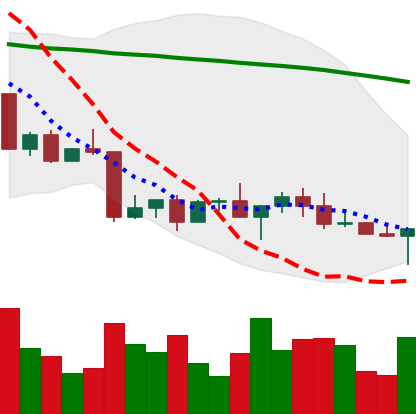
Ticker: LINK-USD
Chart end date: 2022-04-25
Forward return: -18.29%
Label: down_7plus